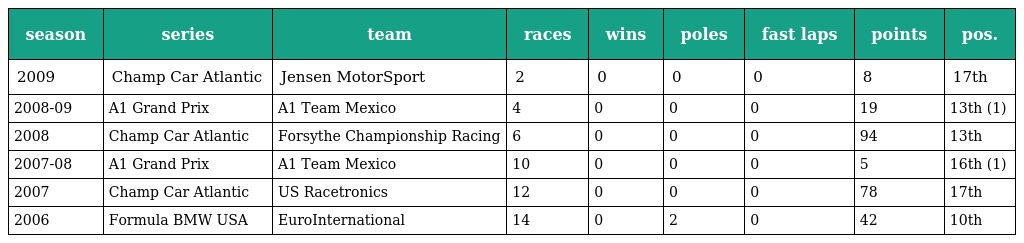
| season | series | team | races | wins | poles | fast laps | points | pos. |
 | --- | --- | --- | --- | --- | --- | --- | --- | --- |
 | 2009 | Champ Car Atlantic | Jensen MotorSport | 2 | 0 | 0 | 0 | 8 | 17th |
 | 2008-09 | A1 Grand Prix | A1 Team Mexico | 4 | 0 | 0 | 0 | 19 | 13th (1) |
 | 2008 | Champ Car Atlantic | Forsythe Championship Racing | 6 | 0 | 0 | 0 | 94 | 13th |
 | 2007-08 | A1 Grand Prix | A1 Team Mexico | 10 | 0 | 0 | 0 | 5 | 16th (1) |
 | 2007 | Champ Car Atlantic | US Racetronics | 12 | 0 | 0 | 0 | 78 | 17th |
 | 2006 | Formula BMW USA | EuroInternational | 14 | 0 | 2 | 0 | 42 | 10th |